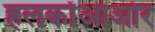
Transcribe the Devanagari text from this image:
हलकोंआओर